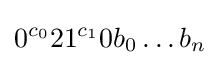
0^{c_{0}}21^{c_{1}}0b_{0}\dots b_{n}